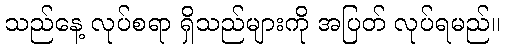
သည်နေ့ လုပ်စရာ ရှိသည်များကို အပြတ် လုပ်ရမည်။